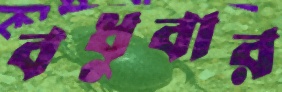
বধুবার